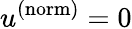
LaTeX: u^{(\mathrm{norm})}=0